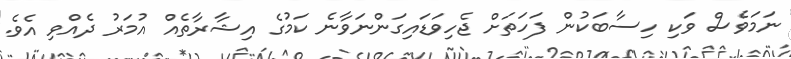
ނަމަވެސް ވަކި ހިސާބަކުން ފަހަތަށް ޖެހިވަޑައިގަންނަވާނެ ކަމުގެ އިޝާރާތެއް އުމަރު ދެއްވި އެވެ.